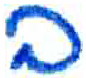
אות: ב